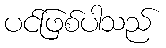
ပင်ဖြစ်ပါသည်